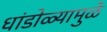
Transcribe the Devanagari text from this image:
धांडोळ्यामुळे